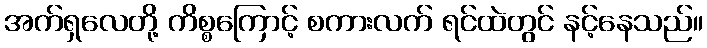
အက်ရှလေတို့ ကိစ္စကြောင့် စကားလက် ရင်ထဲတွင် နင့်နေသည်။